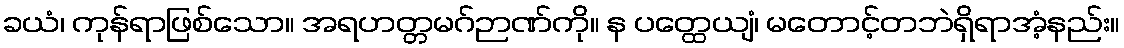
ခယံ၊ ကုန်ရာဖြစ်သော။ အရဟတ္တမဂ်ဉာဏ်ကို။ န ပတ္ထေယျံ၊ မတောင့်တဘဲရှိရာအံ့နည်း။